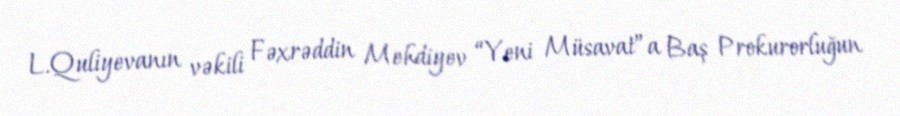
L.Quliyevanın vəkili Fəxrəddin Mehdiyev “Yeni Müsavat”a Baş Prokurorluğun